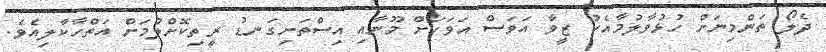
ދެލޯ ތަންމިނަށް ހުޅުވާލުމާއެކު ޒީވާ އަވަސް އަވަހަށް މޫނާއި އިސްތަށިގަނޑު ރީތިކޮށްލުމަށް އަތްހާކާލިއެވެ.